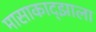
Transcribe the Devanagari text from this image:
मासाकाद्झाला